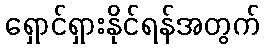
ရှောင်ရှားနိုင်ရန်အတွက်